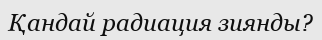
Қандай радиация зиянды?